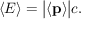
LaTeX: \langle E \rangle = { \big | } \langle \mathbf { p } \rangle { \big | } c .